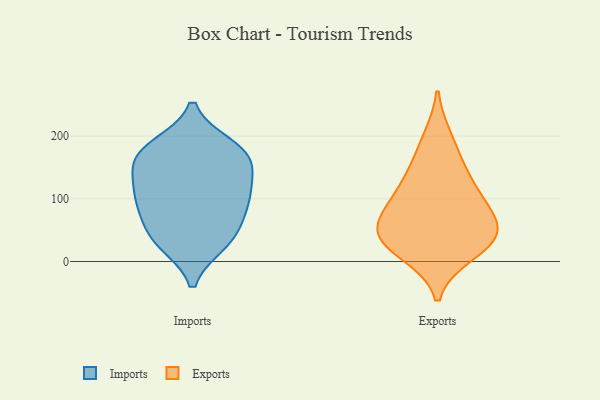
{"axis": {"x": "Energy Usage (MWh)", "y": "Value"}, "legend": ["Exports", "Imports"], "data": [{"x": "", "y": 40, "type": "Imports"}, {"x": "", "y": 109, "type": "Imports"}, {"x": "", "y": 35, "type": "Imports"}, {"x": "", "y": 89, "type": "Imports"}, {"x": "", "y": 108, "type": "Imports"}, {"x": "", "y": 183, "type": "Imports"}, {"x": "", "y": 176, "type": "Imports"}, {"x": "", "y": 154, "type": "Imports"}, {"x": "", "y": 30, "type": "Imports"}, {"x": "", "y": 74, "type": "Imports"}, {"x": "", "y": 167, "type": "Imports"}, {"x": "", "y": 117, "type": "Imports"}, {"x": "", "y": 167, "type": "Imports"}, {"x": "", "y": 26, "type": "Exports"}, {"x": "", "y": 51, "type": "Exports"}, {"x": "", "y": 34, "type": "Exports"}, {"x": "", "y": 196, "type": "Exports"}, {"x": "", "y": 151, "type": "Exports"}, {"x": "", "y": 62, "type": "Exports"}, {"x": "", "y": 47, "type": "Exports"}, {"x": "", "y": 99, "type": "Exports"}, {"x": "", "y": 125, "type": "Exports"}, {"x": "", "y": 13, "type": "Exports"}, {"x": "", "y": 89, "type": "Exports"}]}